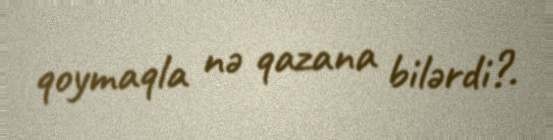
qoymaqla nə qazana bilərdi?.